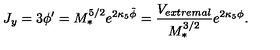
J _ { y } = 3 \phi ^ { \prime } = M _ { * } ^ { 5 / 2 } e ^ { 2 \kappa _ { 5 } \tilde { \phi } } = \frac { V _ { e x t r e m a l } } { M _ { * } ^ { 3 / 2 } } e ^ { 2 \kappa _ { 5 } \phi } .